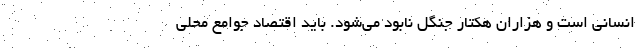
انسانی است و هزاران هکتار جنگل نابود می‌شود. باید اقتصاد جوامع محلی